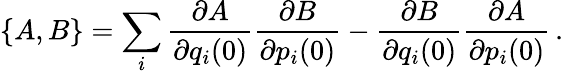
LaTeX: \{ A,B\} =\sum_{i}\frac{\partial A}{\partial q_{i}(0)}\frac{\partial B}{\partial p_{i}(0)}-\frac{\partial B}{\partial q_{i}(0)}\frac{\partial A}{\partial p_{i}(0)}\, .